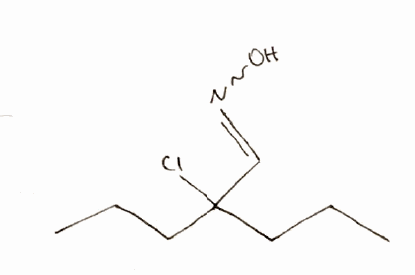
Simplified molecular-input line-entry system (SMILES) notation of the given molecule:
CCCC(CCC)(C=NO)Cl